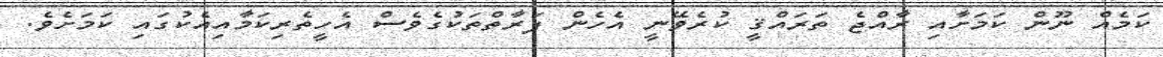
ކަމެއް ނޫން ކަމަށާއި ރާއްޖެ ތަރައްޤީ ކުރެވޭނީ އެހެން ފަރާތްތަކުގެވެސް އެހީތެރިކަމާއިއެކުގައި ކަމަށެވެ.